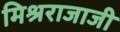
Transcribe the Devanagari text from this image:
मिश्रराजाजी